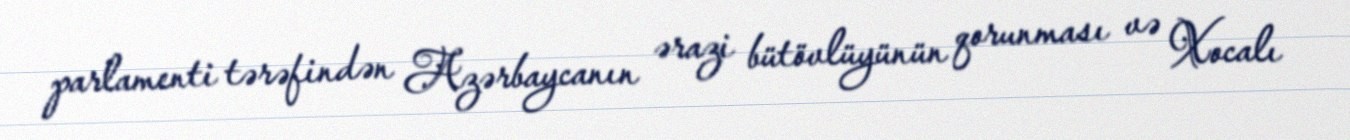
parlamenti tərəfindən Azərbaycanın ərazi bütövlüyünün qorunması və Xocalı